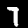
Digit: 7